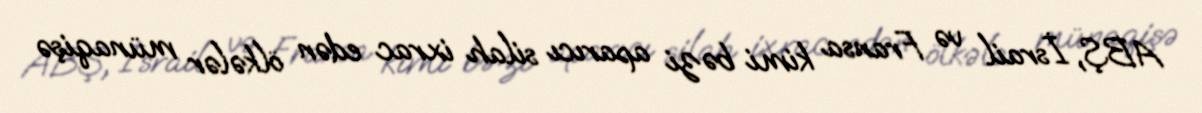
ABŞ, İsrail və Fransa kimi bəzi aparıcı silah ixrac edən ölkələr münaqişə